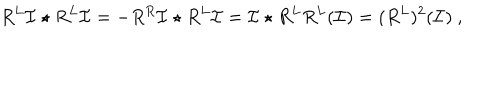
R ^ { L } \mathcal { I } \star R ^ { L } \mathcal { I } = - R ^ { R } \mathcal { I } \star R ^ { L } \mathcal { I } = \mathcal { I } \star R ^ { L } R ^ { L } ( \mathcal { I } ) = ( R ^ { L } ) ^ { 2 } ( \mathcal { I } ) \ ,